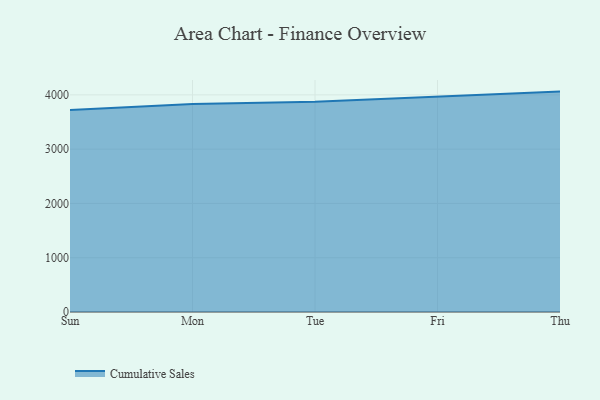
{"axis": {"x": "Day", "y": "Demand Index"}, "legend": ["Cumulative Sales"], "data": [{"x": "Sun", "y": 3720.7, "type": "Cumulative Sales"}, {"x": "Mon", "y": 3831.8, "type": "Cumulative Sales"}, {"x": "Tue", "y": 3871.4, "type": "Cumulative Sales"}, {"x": "Fri", "y": 3962.8, "type": "Cumulative Sales"}, {"x": "Thu", "y": 4060.5, "type": "Cumulative Sales"}]}